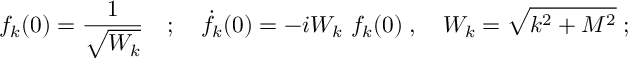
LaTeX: f _ { k } ( 0 ) = \frac { 1 } { \sqrt { W _ { k } } } \quad ; \quad \dot { f } _ { k } ( 0 ) = - i W _ { k } ~ f _ { k } ( 0 ) \; , \quad W _ { k } = \sqrt { k ^ { 2 } + M ^ { 2 } } \; ;